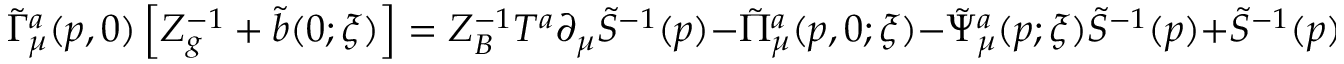
\tilde { \Gamma } _ { \mu } ^ { a } ( p , 0 ) \left[ Z _ { g } ^ { - 1 } + \tilde { b } ( 0 ; \xi ) \right] = Z _ { B } ^ { - 1 } T ^ { a } \partial _ { \mu } \tilde { S } ^ { - 1 } ( p ) - \tilde { \Pi } _ { \mu } ^ { a } ( p , 0 ; \xi ) - \tilde { \Psi } _ { \mu } ^ { a } ( p ; \xi ) \tilde { S } ^ { - 1 } ( p ) + \tilde { S } ^ { - 1 } ( p ) \tilde { \Psi } _ { \mu } ^ { a } ( p ; \xi ) ,